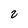
Character: 2